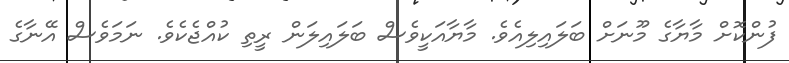
ފުންކޮށް މާޔާގެ މޫނަށް ބަލައިލިއެވެ. މާޔާއަކީވެސް ބަލައިލަން ރީތި ކުއްޖެކެވެ. ނަމަވެސް އޭނާގެ